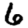
Digit: 6